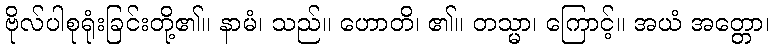
ဗိုလ်ပါစုရုံးခြင်းတို့၏။ နာမံ၊ သည်။ ဟောတိ၊ ၏။ တသ္မာ၊ ကြောင့်။ အယံ အတ္တော၊